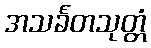
အသင်္ခတသုတ္တံ